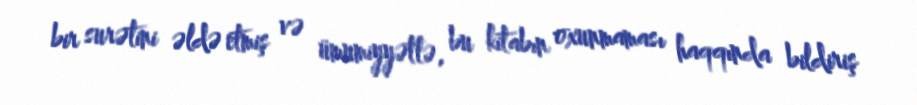
bir surətini əldə etmiş və ümumiyyətlə, bu kitabın oxunmaması haqqında bildiriş